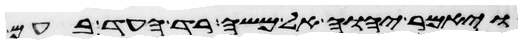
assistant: ויאמר יהוה אל משה רד העד בעם